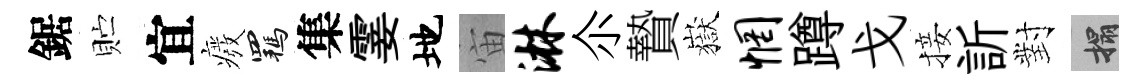
鋸贮宜癈羈集霎地宙淋尒贄嶽惘蹲戈接訢對搨